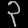
Digit: ၃